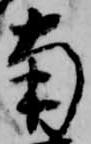
南